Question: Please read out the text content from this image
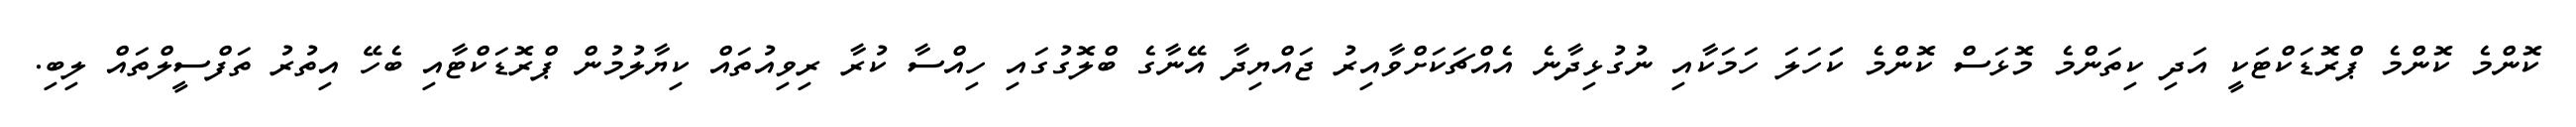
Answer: ކޮންމެ ކޮންމެ ޕްރޮޑަކްޓަކީ އަދި ކިތަންމެ މޮޅަސް ކޮންމެ ކަަހަލަ ހަމަކާއި ނުގުޅިދާނެ އެއްޗަކަށްވާއިރު ޖައްޔިދާ އޭނާގެ ބްލޮގުގައި ހިއްސާ ކުރާ ރިވިއުތައް ކިޔާލުމުން ޕްރޮޑަކްޓާއި ބެހޭ އިތުރު ތަފްސީލްތައް ލިބި.